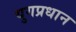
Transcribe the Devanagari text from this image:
युगप्रधान